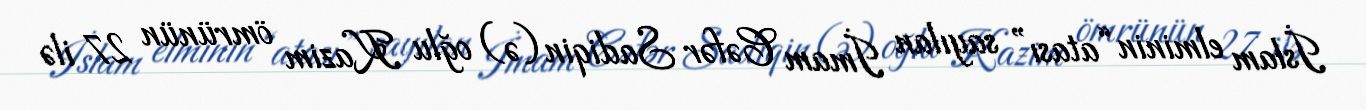
İslam elminin “atası” sayılan İmam Cəfər Sadiqin (ə) oğlu Kazim ömrünün 27 ilə